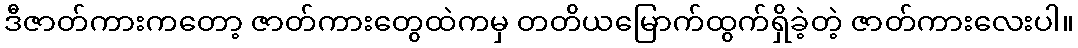
ဒီဇာတ်ကားကတော့ ဇာတ်ကားတွေထဲကမှ တတိယမြောက်ထွက်ရှိခဲ့တဲ့ ဇာတ်ကားလေးပါ။